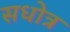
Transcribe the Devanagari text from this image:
सधोत्र